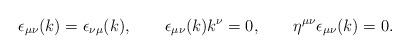
LaTeX: \begin{align*} \epsilon _{\mu \nu }(k) = \epsilon _{\nu \mu }(k), \qquad \epsilon _{\mu \nu }(k)k^\nu = 0, \qquad \eta ^{\mu \nu }\epsilon _{\mu \nu }(k) = 0.\end{align*}